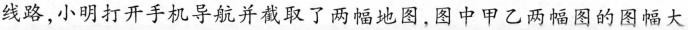
线路，小明打开手机导航并截取了两幅地图，图中甲乙两幅图的图幅大